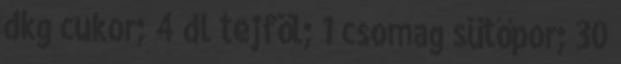
dkg cukor; 4 dl tejföl; 1 csomag sütőpor; 30